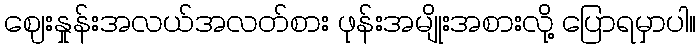
ဈေးနှုန်းအလယ်အလတ်စား ဖုန်းအမျိုးအစားလို့ ပြောရမှာပါ။